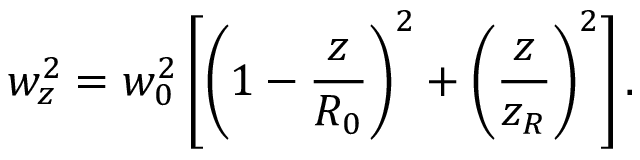
w _ { z } ^ { 2 } = w _ { 0 } ^ { 2 } \left[ \left( 1 - \frac { z } { R _ { 0 } } \right) ^ { 2 } + \left( \frac { z } { z _ { R } } \right) ^ { 2 } \right] .